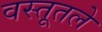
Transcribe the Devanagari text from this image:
वस्तूतले